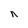
Character: n